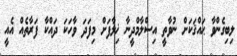
ލިބިގެންވާ ޙައްޤަކަށް ނުވާތީ އިސްލާމްދީނާ ޚިލާފަށް މިފަދަ ވާހަކަ ދައްކާ ފަރާތެއް އެއީ